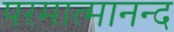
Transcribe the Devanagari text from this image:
परमात्मानन्द